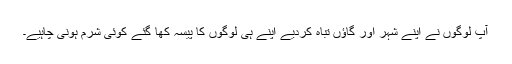
آپ لوگوں نے اپنے شہر اور گاؤں تباہ کردیے اپنے ہی لوگوں کا پیسہ کھا گئے کوئی شرم ہونی چاہیے۔